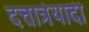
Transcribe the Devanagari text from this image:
दत्तात्रेयादी